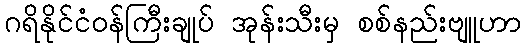
ဂရိနိုင်ငံဝန်ကြီးချုပ် အုန်းသီးမှ စစ်နည်းဗျူဟာ